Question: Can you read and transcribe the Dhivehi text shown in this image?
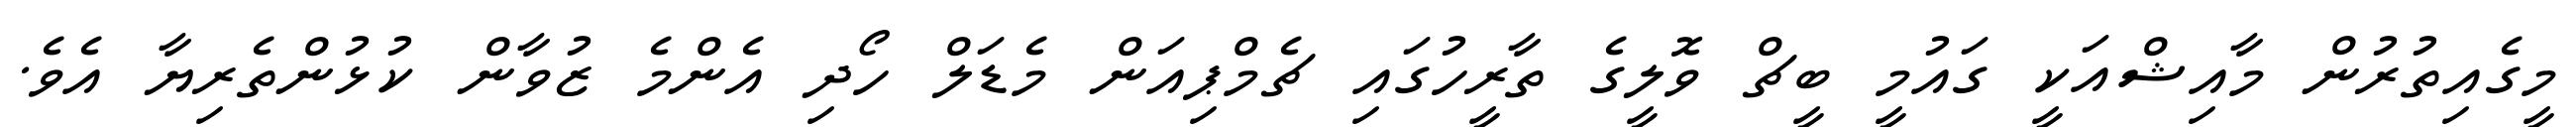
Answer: މީގެއިތުރުން މާއިޝްއަކީ ގައުމީ ބީޗް ވޮލީގެ ތާރީހުގައި ޗެމްޕިއަން މެޑަލް ހޯދި އެންމެ ޒުވާން ކުޅުންތެރިޔާ އެވެ.